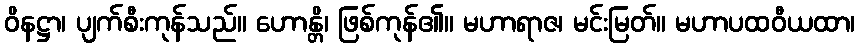
ဝိနဋ္ဌာ၊ ပျက်စီးကုန်သည်။ ဟောန္တိ၊ ဖြစ်ကုန်၏။ မဟာရာဇ၊ မင်းမြတ်။ မဟာပထဝီယထာ၊